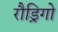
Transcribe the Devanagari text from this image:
रौड्रिगो